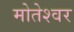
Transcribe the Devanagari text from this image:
मोतेश्वर